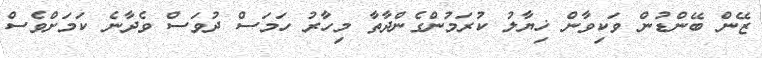
ޒޭން ބޭންޑުން ވަކިވާން ޚިޔާލު ކުރަމުންގެންދާތާ މިހާރު ހަމަސް ދުވަސް ވެދާނެ ކަމަށްވެސް